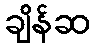
ချိန်ဆ